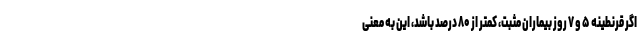
اگر قرنطینه ۵ و ۷ روز بیماران مثبت، کمتر از ۸۰ درصد باشد، این به معنی